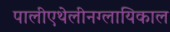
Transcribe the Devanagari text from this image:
पालीएथेलीनग्लायिकाल